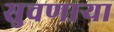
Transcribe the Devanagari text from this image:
सुचणार्‍या